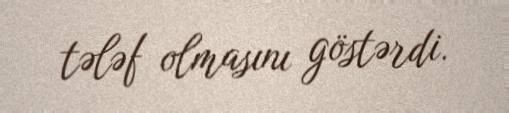
tələf olmasını göstərdi.